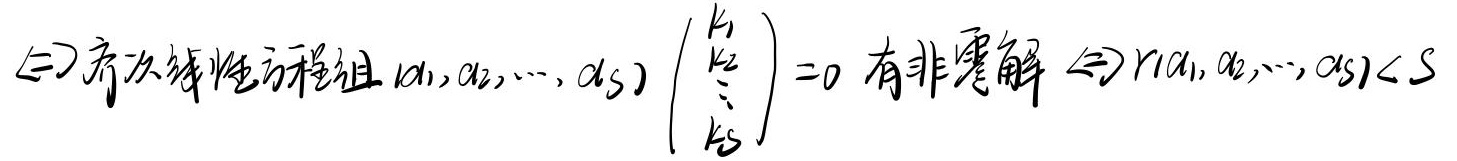
$\Leftrightarrow$ 齐次线性方程组\([\alpha_1,\alpha_2,\cdots,\alpha_s]\begin{pmatrix}k_1\\k_2\\\vdots\\k_s\end{pmatrix}=0\) 有非零解 \(\Leftrightarrow r(\alpha_1,\alpha_2,\cdots,\alpha_s)<s\)